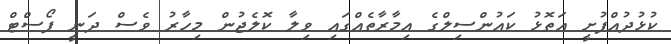
ކުޅުދުއްފުށީ އަތޮޅު ކައުންސިލްގެ އިމާރާތެއްގައި ވިލާ ކޮލެޖުން މިހާރު ވެސް ދަނީ ޕޯސްޓް